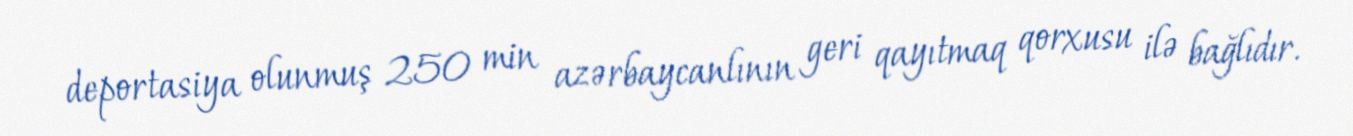
deportasiya olunmuş 250 min azərbaycanlının geri qayıtmaq qorxusu ilə bağlıdır.